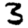
Digit: 3